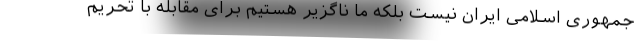
جمهوری اسلامی ایران نیست بلکه ما ناگزیر هستیم برای مقابله با تحریم